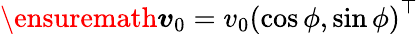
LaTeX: \ensuremath{\boldsymbol{v}}_{0}=v_{0}\left(\cos{\phi},\sin{\phi}\right)^{\top}